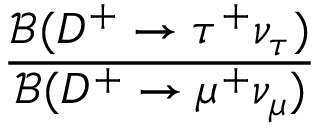
\displaystyle \frac { { \mathcal B } ( D ^ { + } \to \tau ^ { + } \nu _ { \tau } ) } { { \mathcal B } ( D ^ { + } \to \mu ^ { + } \nu _ { \mu } ) }